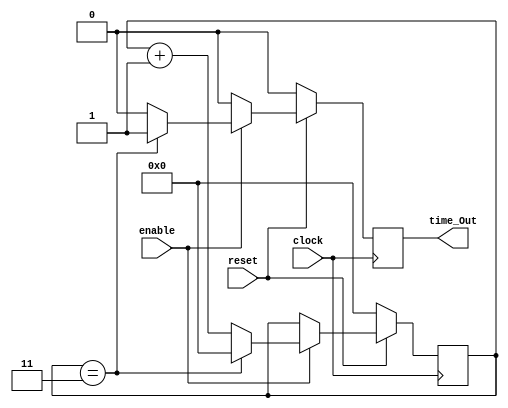
//Course Number: ECE 5440
//purpose: This modules goal is to create a 1 clock tick pulse every ms from a 50 [MHz] source

module Timer_1ms(clock, reset, enable, time_Out);
	input clock, reset, enable;
	output time_Out;
	reg time_Out;
	reg [15:0] count;
	
	always@(posedge clock)
	begin
		if (reset == 1'b0) //active low reset
		begin
			count <= 0;
			time_Out <= 1'b0;
		end
		else
		begin
			if (enable == 1'b1)
			begin
				if(count == 3) //count to 50,000-1 for real 1 ms
				begin
					count <= 0;
					time_Out <= 1'b1;
				end
				else
				begin
					count <= count + 1;
					time_Out <= 1'b0;
				end
			end
			else
			begin
				time_Out <= 1'b0; //set to 0 in case time out goes high when enable turns off
			end
		end
	end
endmodule